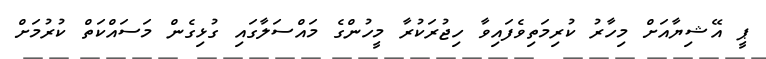
ޕީ އޭޝިޔާއަށް މިހާރު ކުރިމަތިވެފައިވާ ހިޖުރަކުރާ މީހުންގެ މައްސަލާގައި ގުޅިގެން މަސައްކަތް ކުރުމަށް